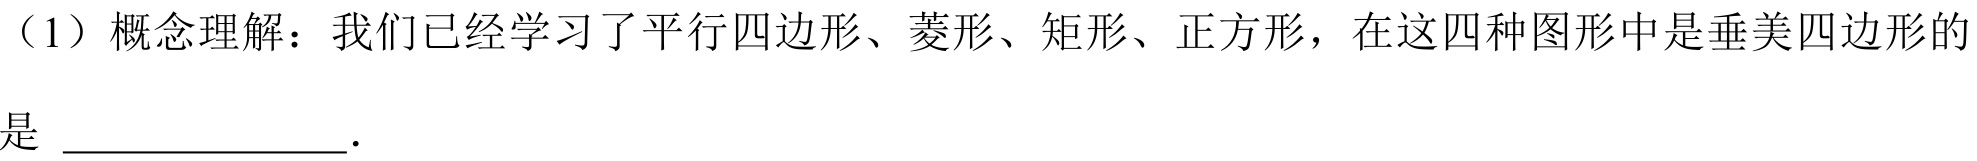
（1）概念理解：我们已经学习了平行四边形、菱形、矩形、正方形，在这四种图形中是垂美四边形的是  .